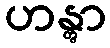
ဟန္တွာ